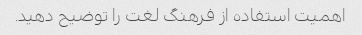
اهمیت استفاده از فرهنگ لغت را توضیح دهید.